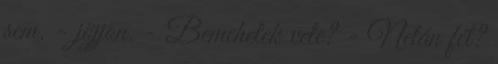
sem. - jöjjön. - Bemehetek vele? - Netán fél?